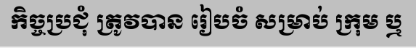
កិច្ចប្រជុំ ត្រូវបាន រៀបចំ សម្រាប់ ក្រុម ឬ